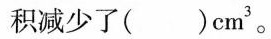
积减少了( )cm^{3}